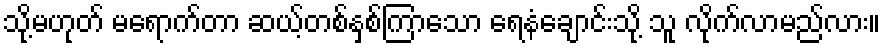
သို့မဟုတ် မရောက်တာ ဆယ့်တစ်နှစ်ကြာသော ရေနံချောင်းသို့ သူ လိုက်လာမည်လား။